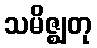
သမိဇ္ဈတု